Leprosy in India: report of the Leprosy Commission in India, 1890-91
Year: 1890
Disease focus: Leprosy
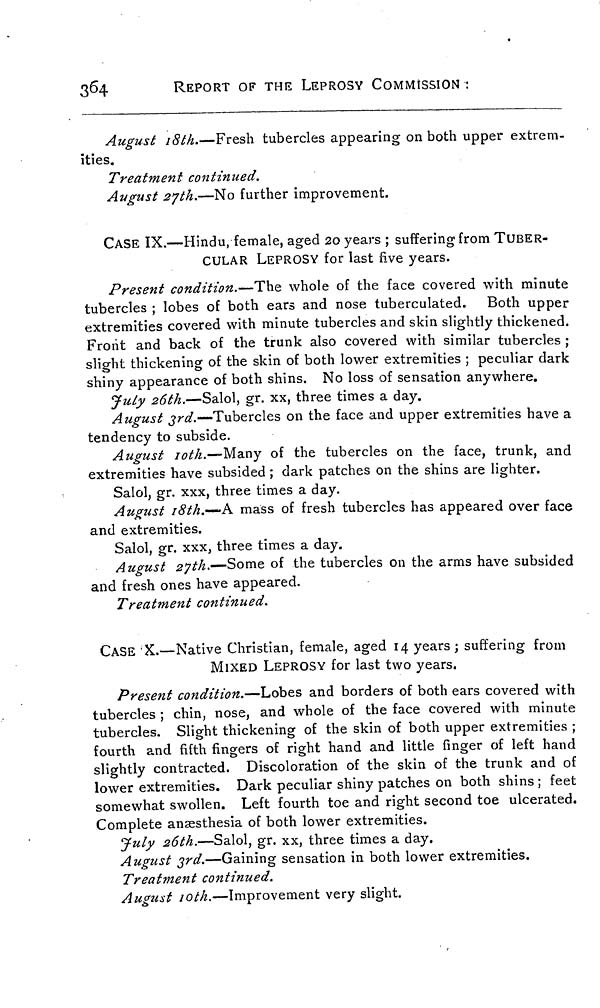
364
REPORT OF THE LEPROSY COMMISSION :
August 18th.—Fresh tubercles appearing on both upper extrem-
ities.
Treatment continued.
August 27th.—No further improvement.
CASE IX.—Hindu, female, aged 20 years ; suffering from TUBER-
CULAR LEPROSY for last five years.
Present condition.—The whole of the face covered with minute
tubercles ; lobes of both ears and nose tuberculated. Both upper
extremities covered with minute tubercles and skin slightly thickened.
Front and back of the trunk also covered with similar tubercles ;
slight thickening of the skin of both lower extremities ; peculiar dark
shiny appearance of both shins. No loss of sensation anywhere.
July 26th.—Salol, gr. xx, three times a day.
August 3rd.—Tubercles on the face and upper extremities have a
tendency to subside.
August 10th.-Many of the tubercles on the face, trunk, and
extremities have subsided ; dark patches on the shins are lighter.
Salol, gr. xxx, three times a day.
August 18th.-A mass of fresh tubercles has appeared over face
and extremities.
Salol, gr. xxx, three times a day.
August 27th.—Some of the tubercles on the arms have subsided
and fresh ones have appeared.
Treatment continued.
CASE X.—Native Christian, female, aged 14 years ; suffering from
MIXED LEPROSY for last two years.
Present condition.—Lobes and borders of both ears covered with
tubercles ; chin, nose, and whole of the face covered with minute
tubercles. Slight thickening of the skin of both upper extremities ;
fourth and fifth fingers of right hand and little finger of left hand
slightly contracted. Discoloration of the skin of the trunk and of
lower extremities. Dark peculiar shiny patches on both shins ; feet
somewhat swollen. Left fourth toe and right second toe ulcerated.
Complete anaesthesia of both lower extremities.
July 26th.—Salol, gr. xx, three times a day.
August 3rd.—Gaining sensation in both lower extremities.
Treatment continued.
August 10th.—Improvement very slight.